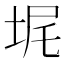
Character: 𪣓